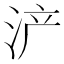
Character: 浐